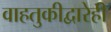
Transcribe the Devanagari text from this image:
वाहतुकीद्वारेही